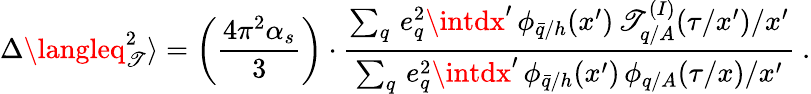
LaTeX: \Delta\langleq_{\mathscr{T}}^{2}\rangle=\left(\frac{{4\pi^{2}\alpha_{s}}}{{3}}\right)\cdot\frac{{\sum_{q}\, e_{q}^{2}\intdx^{\prime}\, \phi_{\bar{{q}}/h}(x^{\prime})\, \mathscr{T}_{q/A}^{(I)}(\tau/x^{\prime})/x^{\prime}}}{{\sum_{q}\, e_{q}^{2}\intdx^{\prime}\, \phi_{\bar{{q}}/h}(x^{\prime})\, \phi_{q/A}(\tau/x)/x^{\prime}}}\ .